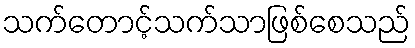
သက်တောင့်သက်သာဖြစ်စေသည်